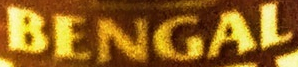
BENGAL